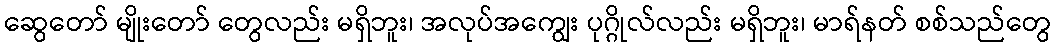
ဆွေတော် မျိုးတော် တွေလည်း မရှိဘူး၊ အလုပ်အကျွေး ပုဂ္ဂိုလ်လည်း မရှိဘူး၊ မာရ်နတ် စစ်သည်တွေ